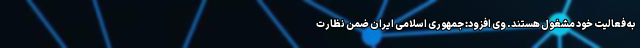
به فعالیت خود مشغول هستند. وی افزود: جمهوری اسلامی ایران ضمن نظارت